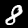
Label: 8